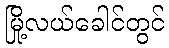
မြို့လယ်ခေါင်တွင်